Leningradi_Edasi_toimetus, lk 5
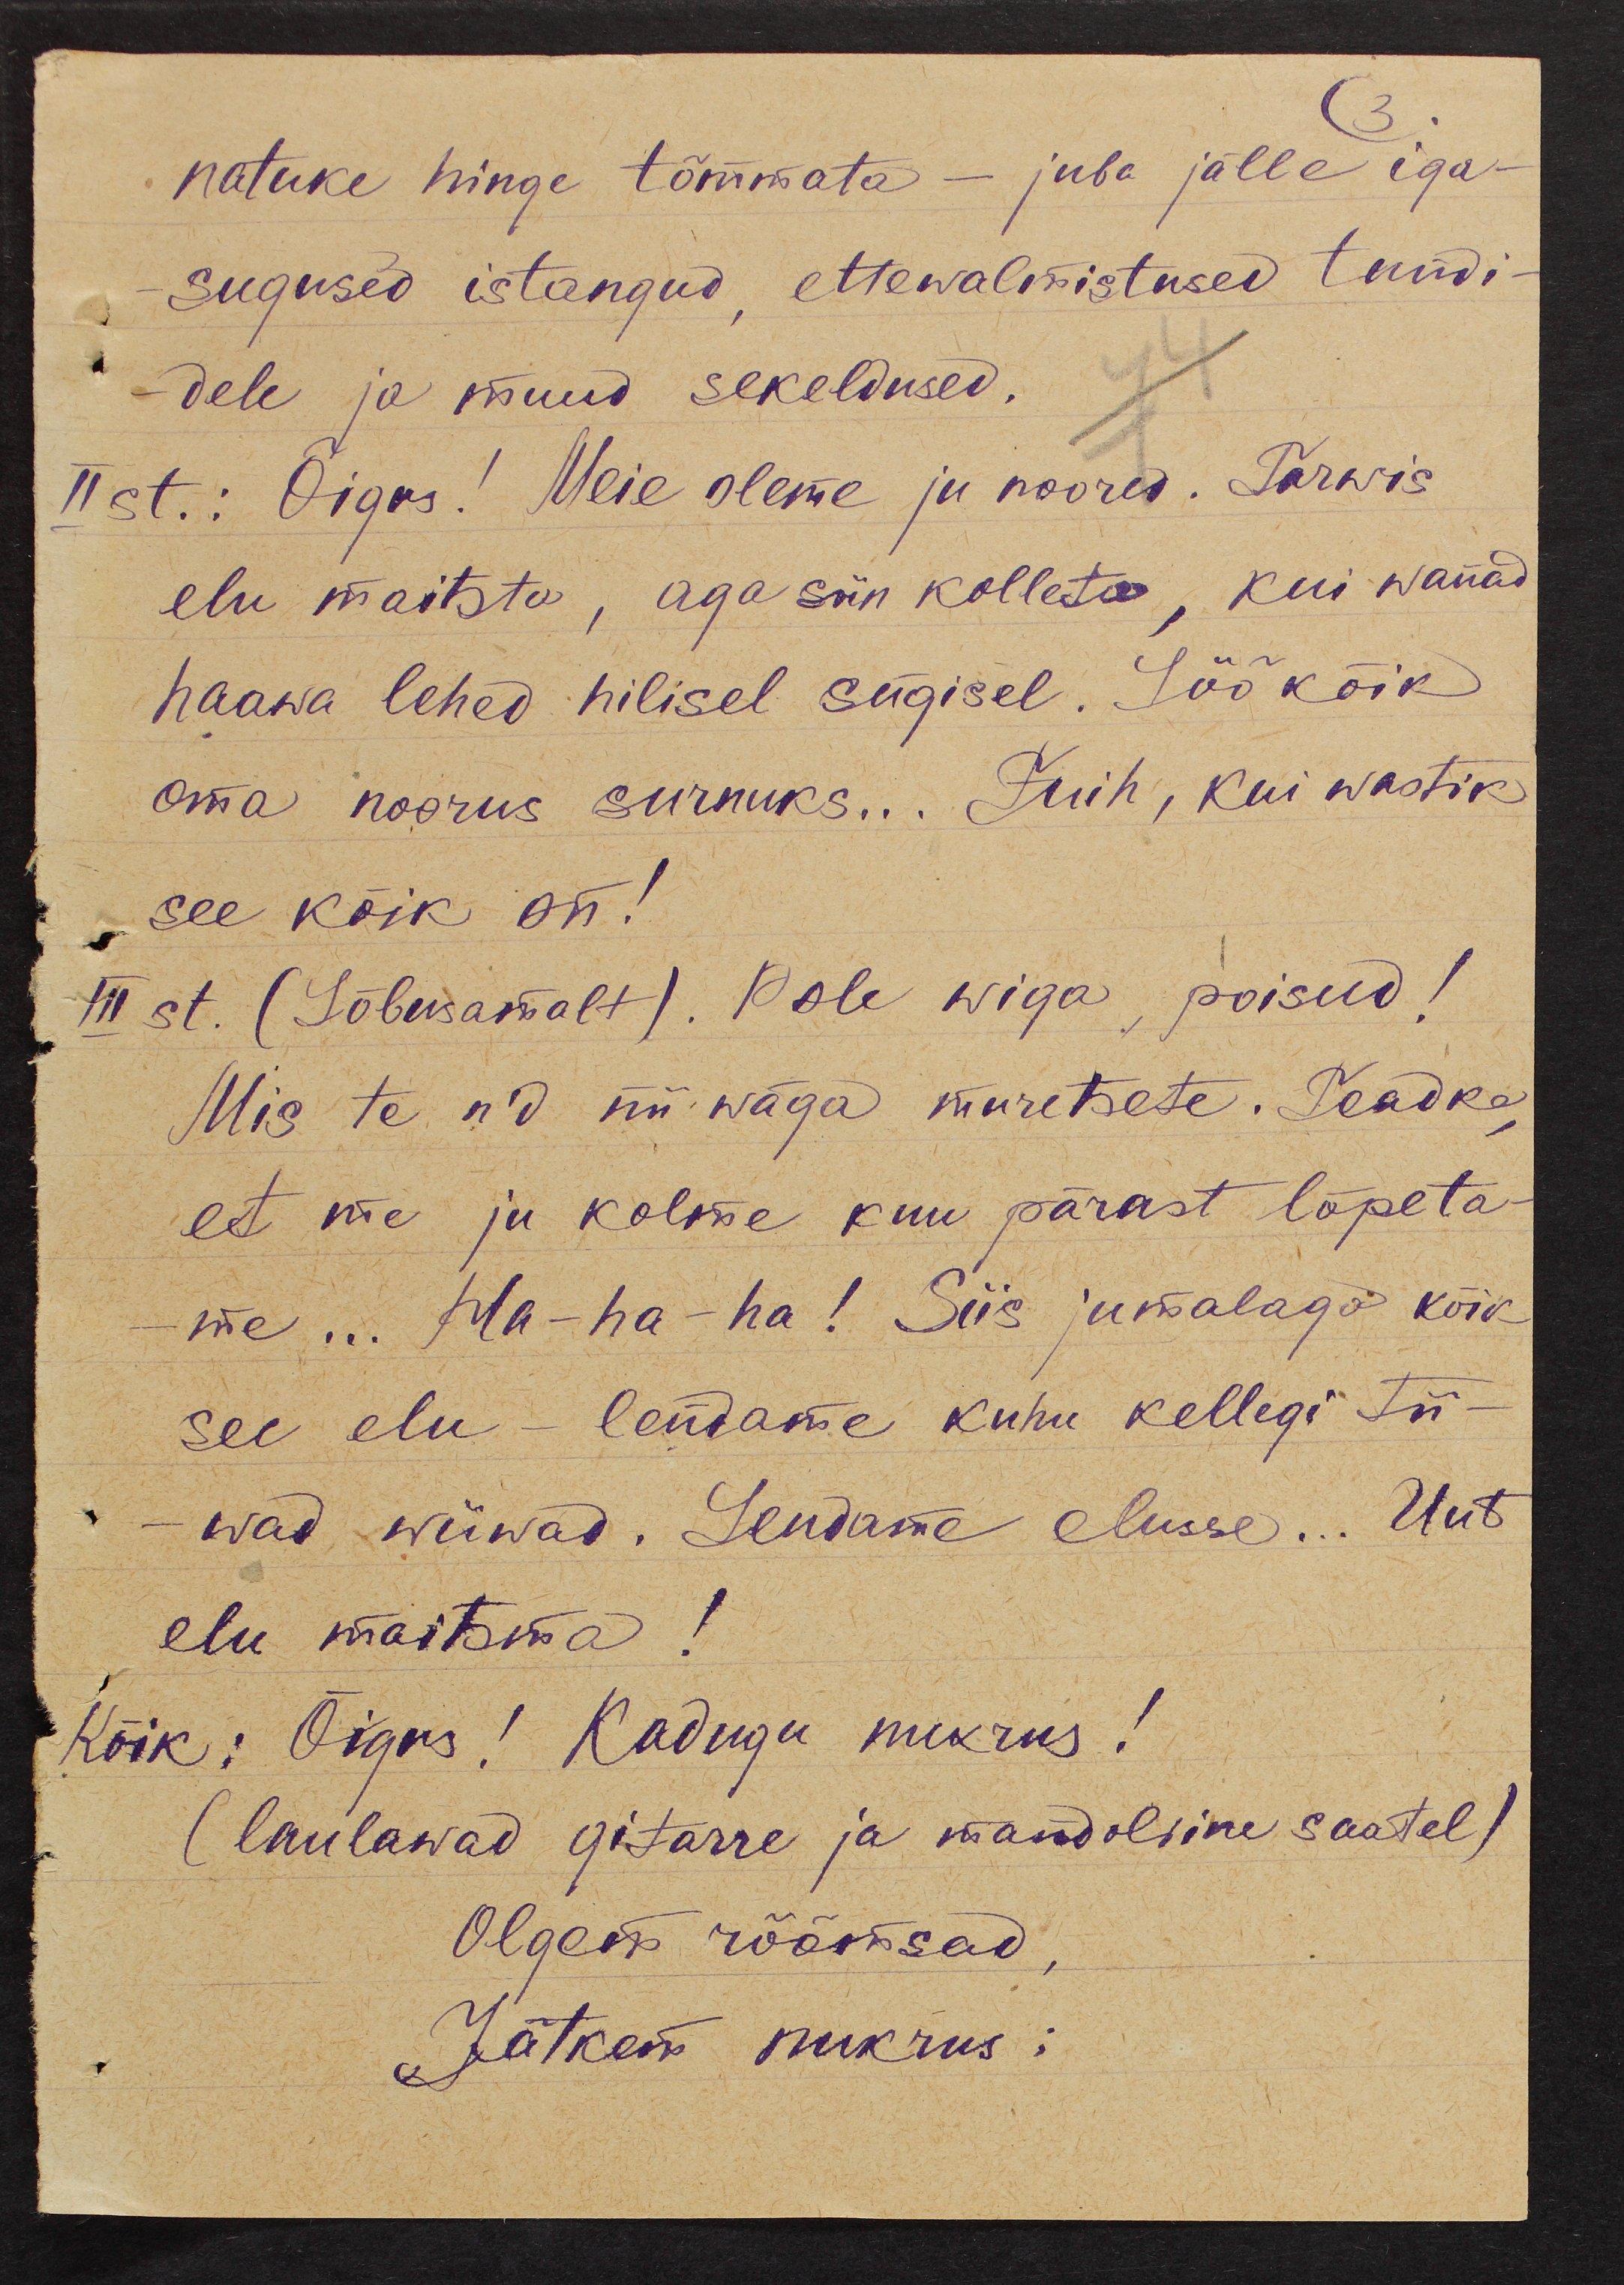
natuke hinge tõmmata - juba jälle iga-
sugused istangud, ettewalmistused tundi-
dele ja muud sekeldused.
II st.: Õigus! Meie oleme ju noored. Tarwis
elu maitsta, aga siin kolleta, kui wanad
haawa lehed hilisel sügisel. Löö kõik
oma noorus surnuks... Fuih, kui wastik
see kõik on!
III st. (Lõbusamalt). Pole wiga, poisud!
Mis te n'd nii wäga muretsete. Teadke,
et me ju kolme kuu pärast lõpeta-
me ... Ha-ha-ha! Siis jumalaga kõik
see elu - lendame kuhu kellegi tii-
wad wiiwad. Lendame elusse... Uut
elu maitsma!
Kõik: Õigus! Kadugu nukrus!
(laulawad gitarre ja mandoliine saatel)
Olgem rõõmsad,
Jätkem nukrus;